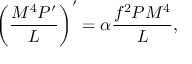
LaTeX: \left( \frac { M ^ { 4 } P ^ { \prime } } { { \cal L } } \right) ^ { \prime } = \alpha \frac { f ^ { 2 } P M ^ { 4 } } { \cal L } ,